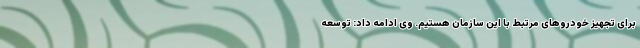
برای تجهیز خودروهای مرتبط با این سازمان هستیم. وی ادامه داد: توسعه